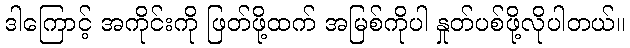
ဒါကြောင့် အကိုင်းကို ဖြတ်ဖို့ထက် အမြစ်ကိုပါ နှုတ်ပစ်ဖို့လိုပါတယ်။